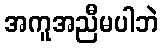
အကူအညီမပါဘဲ